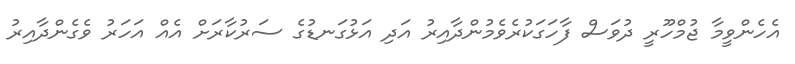
އެހެންވީމާ ޖުމްހޫރީ ދުވަސް ފާހަގަކުރެވެމުންދާއިރު އަދި އަޅުގަނޑުގެ ސަރުކާރަށް އެއް އަހަރު ވެގެންދާއިރު